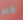
انام